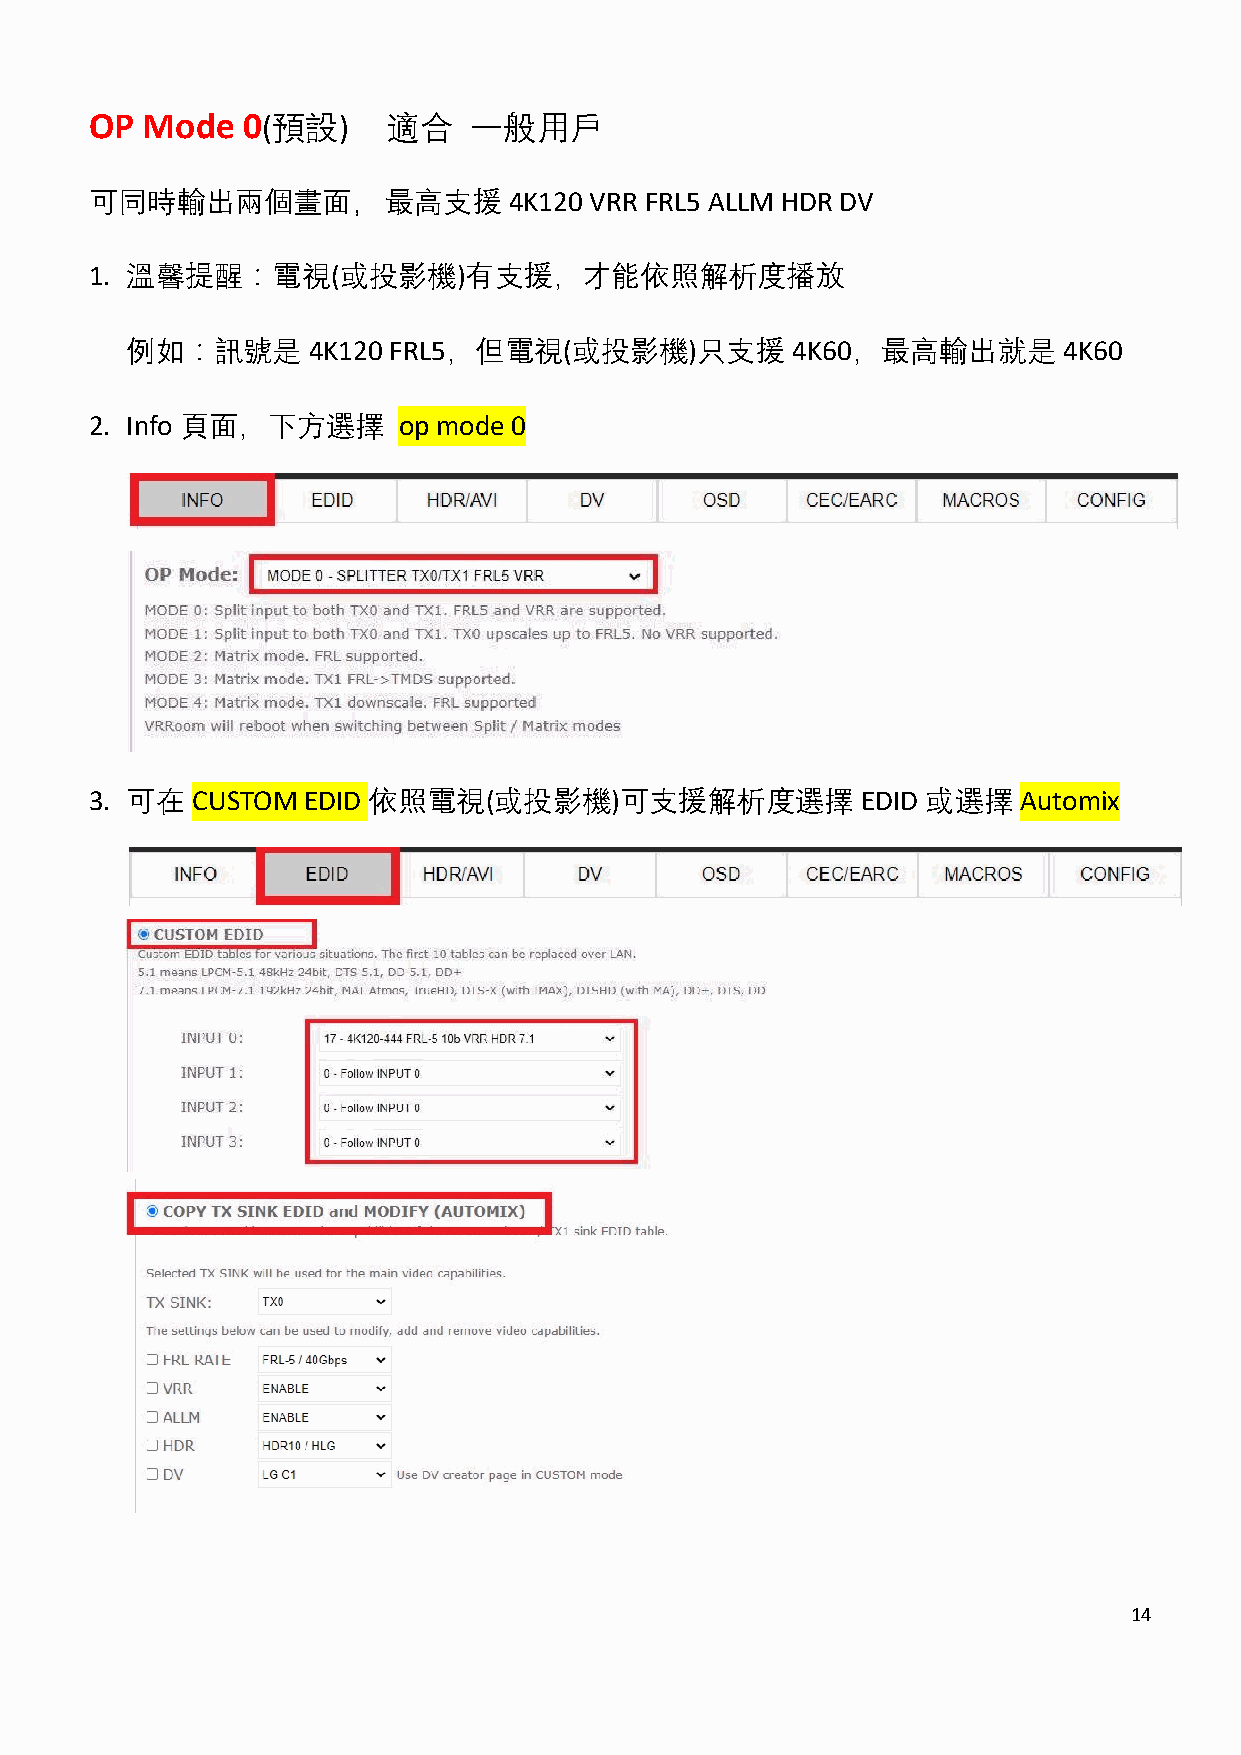
OP Mode   0(預設)     適合   一般用戶
 可同時輸出兩個畫面，最高支援              4K120 VRR FRL5 ALLM HDR DV
 1. 溫馨提醒：電視(或投影機)有支援，才能依照解析度播放
 例如：訊號是      4K120 FRL5，但電視(或投影機)只支援         4K60，最高輸出就是       4K60
 2. Info 頁面，下方選擇     op mode 0
 3. 可在  CUSTOM EDID 依照電視(或投影機)可支援解析度選擇              EDID 或選擇   Automix
 14